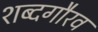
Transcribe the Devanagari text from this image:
शब्दगौरव